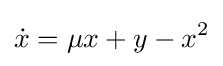
{\dot {x}}=\mu x+y-x^{2}